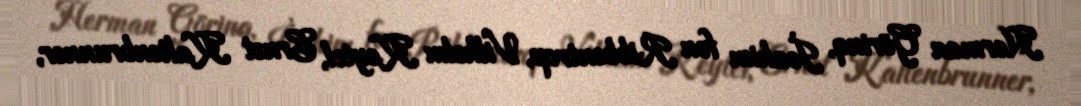
Herman Görinq, İoahim fon Ribbentrop, Vilhelm Keytel, Ernst Kaltenbrunner,